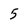
Character: 5